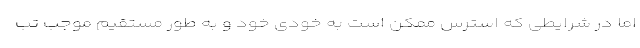
اما در شرایطی که استرس ممکن است به خودی خود و به طور مستقیم موجب تب